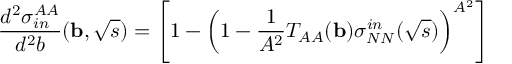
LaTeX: \frac { d ^ { 2 } \sigma _ { i n } ^ { A A } } { d ^ { 2 } b } ( { \bf b } , \sqrt { s } ) = \left[ 1 - \left( 1 - \frac { 1 } { A ^ { 2 } } T _ { A A } ( { \bf b } ) \sigma _ { N N } ^ { i n } ( \sqrt { s } ) \right) ^ { A ^ { 2 } } \right]